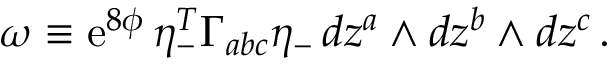
\omega \equiv \mathrm { e } ^ { 8 \phi } \, \eta _ { - } ^ { T } \Gamma _ { a b c } \eta _ { - } \, d z ^ { a } \wedge d z ^ { b } \wedge d z ^ { c } \, .